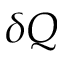
\delta Q